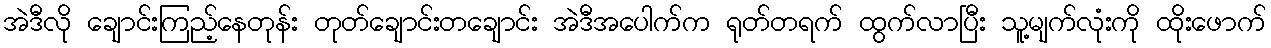
အဲဒီလို ချောင်းကြည့်နေတုန်း တုတ်ချောင်းတချောင်း အဲဒီအပေါက်က ရုတ်တရက် ထွက်လာပြီး သူ့မျက်လုံးကို ထိုးဖောက်